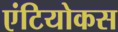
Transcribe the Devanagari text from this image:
एंटियोकस